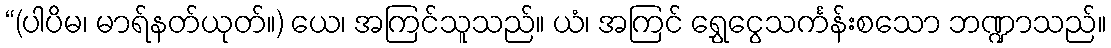
“(ပါပိမ၊ မာရ်နတ်ယုတ်။) ယေ၊ အကြင်သူသည်။ ယံ၊ အကြင် ရွှေငွေသင်္ကန်းစသော ဘဏ္ဍာသည်။